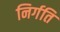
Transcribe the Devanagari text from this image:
निर्गति